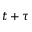
t + \tau